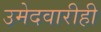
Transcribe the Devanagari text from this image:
उमेदवारीही